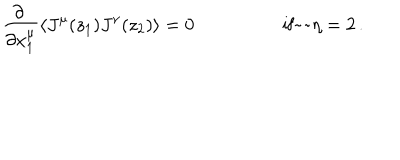
LaTeX: \begin{array} { c c } { { \displaystyle { \frac { \partial ~ } { \partial x _ { 1 } ^ { \mu } } } \langle J ^ { \mu } ( z _ { 1 } ) J ^ { \nu } ( z _ { 2 } ) \rangle = 0 } } & { { \mathrm { i f ~ ~ } \eta = 2 \, . } } \\ \end{array}